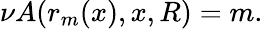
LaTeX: \nu A(r_{m}(x),x,R)=m.